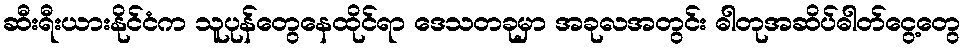
ဆီးရီးယားနိုင်ငံက သူပုန်တွေနေထိုင်ရာ ဒေသတခုမှာ အခုလအတွင်း ဓါတုအဆိပ်ဓါတ်ငွေ့တွေ